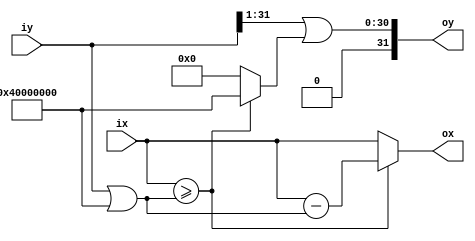
module isqrt_slice_comb
(
    input  [31:0] ix,
    input  [31:0] iy,
    output [31:0] ox,
    output [31:0] oy
);

    parameter [31:0] m = 32'h4000_0000;

    wire [31:0] b      = iy | m;
    wire        x_ge_b = ix >= b;

    assign ox = x_ge_b ? ix - b : ix;
    assign oy = (iy >> 1) | (x_ge_b ? m : 0);

endmodule